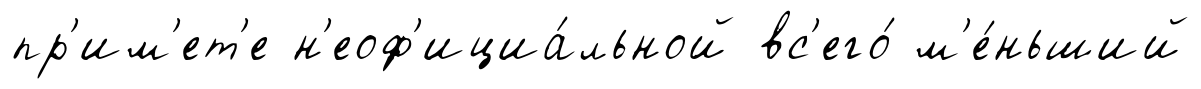
пр'им'ет'е н'еоф'ициа́льной вс'его́ м'е́ньший